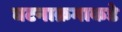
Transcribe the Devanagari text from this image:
घटनाक्रमाकडे